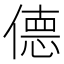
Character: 𫣜